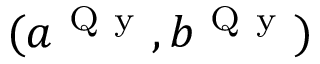
( a ^ { \mathrm { ~ Q ~ y ~ } } , b ^ { \mathrm { ~ Q ~ y ~ } } )